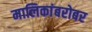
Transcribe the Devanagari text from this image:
मालिकांबरोबर